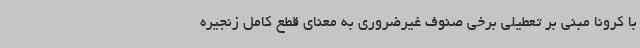
با کرونا مبنی بر تعطیلی برخی صنوف غیرضروری به معنای قطع کامل زنجیره